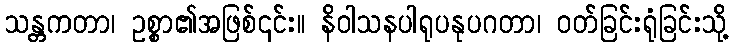
သန္တကတာ၊ ဥစ္စာ၏အဖြစ်၎င်း။ နိဝါသနပါရုပနုပဂတာ၊ ဝတ်ခြင်းရုံခြင်းသို့